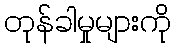
တုန်ခါမှုများကို